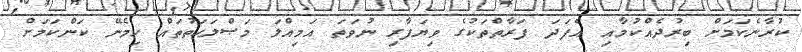
ކުރާނެކަމަށް ބިރުދެއްކުމާއި އެފަދަ ފަރާތްތަކުގެ ވިޔަފާރި ނުވަތަ އަމިއްލަ މަޞްލަޙަތުތައް ހިމެނޭ ކަންކަމަށް